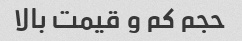
حجم کم و قیمت بالا